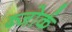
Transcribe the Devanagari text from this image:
ब्जोर्क